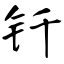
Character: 钎